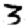
Digit: 3